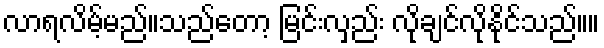
လာရလိမ့်မည်။သည်တော့ မြင်းလှည်း လိုချင်လိုနိုင်သည်။။